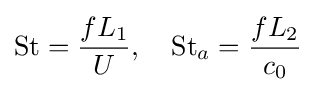
{\text{St}}={\frac {fL_{1}}{U}},\quad {\text{St}}_{a}={\frac {fL_{2}}{c_{0}}}